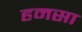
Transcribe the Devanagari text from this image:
हमसा